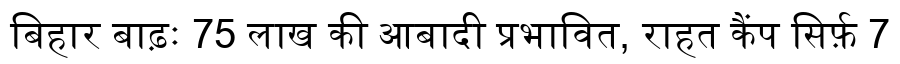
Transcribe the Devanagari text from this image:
बिहार बाढ़ः 75 लाख की आबादी प्रभावित, राहत कैंप सिर्फ़ 7